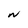
Character: N